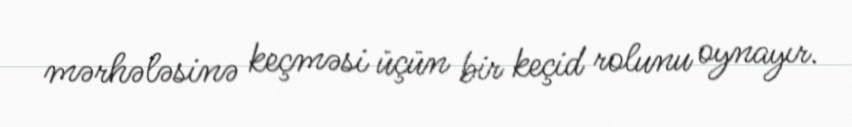
mərhələsinə keçməsi üçün bir keçid rolunu oynayır.